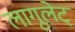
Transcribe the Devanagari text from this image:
लागूलेट्